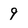
Character: 9